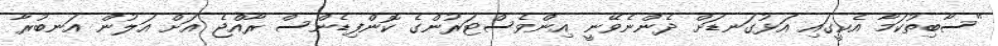
"ސާބިތުކަމާ އެކީގައި އަޅުގަނޑަށް ދެންނެވޭނީ އިންވެސްޓަރުންގެ ކޮންފިޑެންސް ރާއްޖެ އަށް އަލުން އަނބުރާ